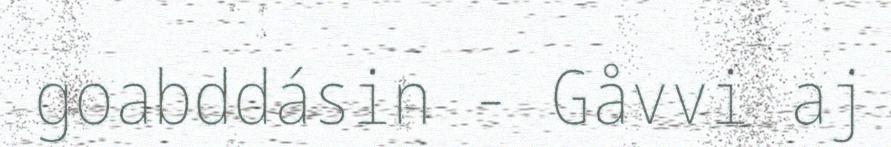
goabddásin - Gåvvi aj